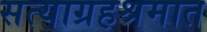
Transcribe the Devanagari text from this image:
सत्याग्रहश्रमात